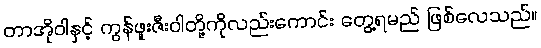
တာအိုဝါနှင့် ကွန်ဖူးဇီးဝါတို့ကိုလည်းကောင်း တွေ့ရမည် ဖြစ်လေသည်။